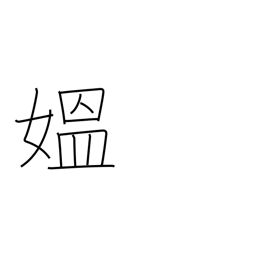
Meaning: grandma